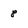
Character: 8